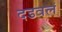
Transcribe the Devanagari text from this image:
दडवलं